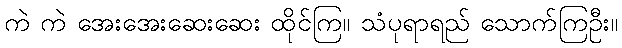
ကဲ ကဲ အေးအေးဆေးဆေး ထိုင်ကြ။ သံပုရာရည် သောက်ကြဦး။